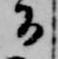
日